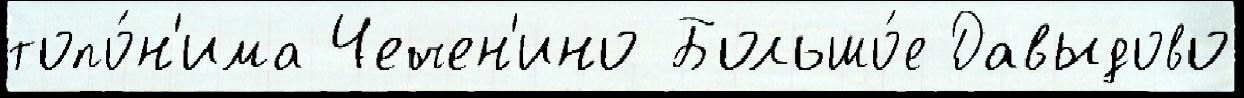
топо́н'има Чечен'ино Большо́е Давыдово